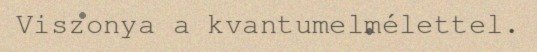
Viszonya a kvantumelmélettel.